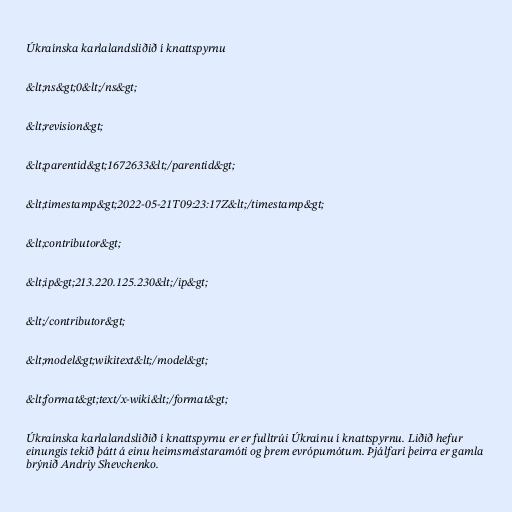
Úkraínska karlalandsliðið í knattspyrnu

&lt;ns&gt;0&lt;/ns&gt;

&lt;revision&gt;

&lt;parentid&gt;1672633&lt;/parentid&gt;

&lt;timestamp&gt;2022-05-21T09:23:17Z&lt;/timestamp&gt;

&lt;contributor&gt;

&lt;ip&gt;213.220.125.230&lt;/ip&gt;

&lt;/contributor&gt;

&lt;model&gt;wikitext&lt;/model&gt;

&lt;format&gt;text/x-wiki&lt;/format&gt;

Úkraínska karlalandsliðið í knattspyrnu er er fulltrúi Úkraínu í knattspyrnu. Liðið hefur
einungis tekið þátt á einu heimsmeistaramóti og þrem evrópumótum. Þjálfari þeirra er gamla
brýnið Andriy Shevchenko.